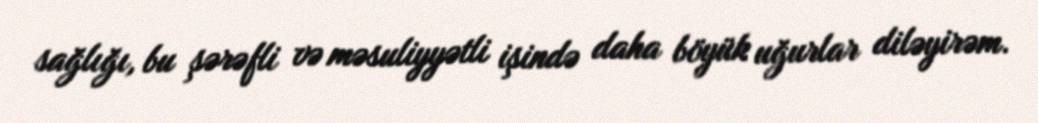
sağlığı, bu şərəfli və məsuliyyətli işində daha böyük uğurlar diləyirəm.